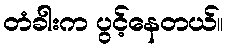
တံခါးက ပွင့်နေတယ်။